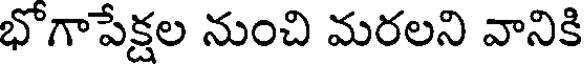
భోగాపేక్షల నుంచి మరలని వానికి